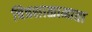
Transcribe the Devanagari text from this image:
चित्रशाळामाता